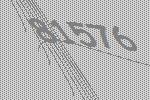
81576